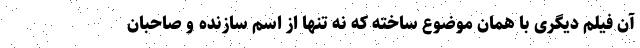
آن فیلم دیگری با همان موضوع ساخته که نه تنها از اسم سازنده و صاحبان